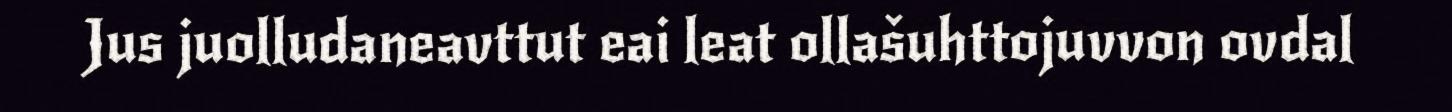
Jus juolludaneavttut eai leat ollašuhttojuvvon ovdal